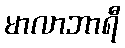
မာလာဘာရီ